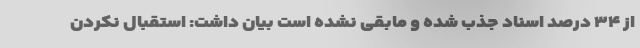
از ۳۴ درصد اسناد جذب شده و مابقی نشده است بیان داشت: استقبال نکردن